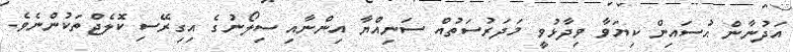
އަދުނާން ޙުސައިން ކިޔަވާ ވިދާޅުވީ މަދަރުސަތުއް ސަނިއްޔާ އިންނާއި ސިލޯނުގެ އިގިރޭސި ކޮލެޖްތަކުންނެވެ.